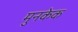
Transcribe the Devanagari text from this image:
मुनकेक